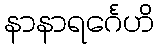
နာနာရင်္ဂေဟိ